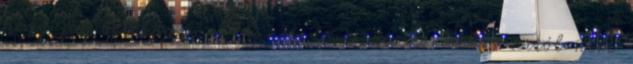
hogy jól beleköpjön Orbánék levesébe. És akkor arról nem